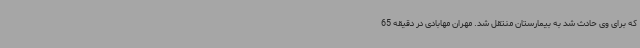
که برای وی حادث شد به بیمارستان منتقل شد. مهران مهابادی در دقیقه 65